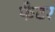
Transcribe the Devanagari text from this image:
फैटर